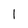
Character: 1